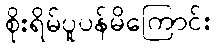
စိုးရိမ်ပူပန်မိကြောင်း